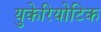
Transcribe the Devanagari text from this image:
युकेरियोटिक